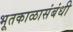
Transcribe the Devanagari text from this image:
भूतकाळासंबंधी